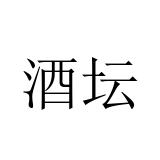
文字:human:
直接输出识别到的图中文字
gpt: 酒坛